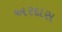
અરદાસ